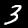
Digit: 3